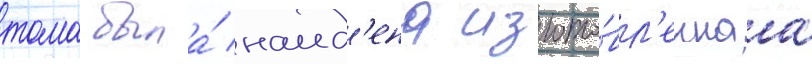
тома была́ наид'ена изгото́вл'еннаа